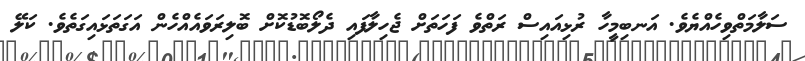
ސަލާމަތްވިހެއްޔެވެ. އަނބިމީހާ ރުޅިއައިސް ރަތްވެ ފަހަތަށް ޖެހިލާފައި ދެލޯބޮޑުކޮށް ބޮލިރަވައެއްހެން އަގަތަޅައިގަތެވެ. ކަލޭ